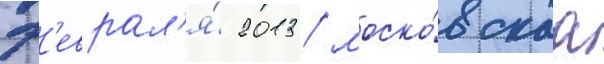
ф'еврал'я́ 2013 / моско́вскаа